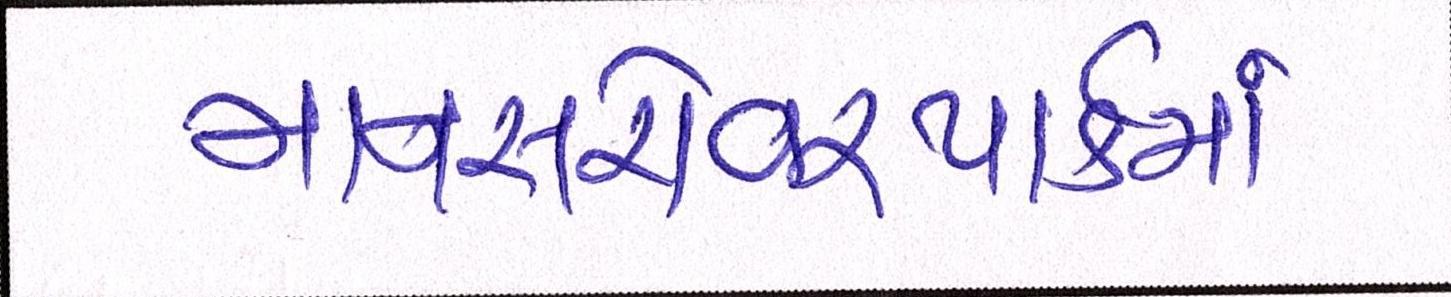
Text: માનસરોવરપાર્કમાં